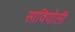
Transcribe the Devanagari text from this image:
सावियोली